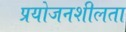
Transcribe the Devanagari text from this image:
प्रयोजनशीलता